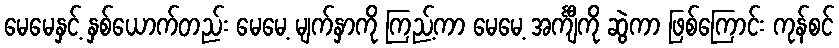
မေမေနှင့် နှစ်ယောက်တည်း မေမေ့ မျက်နှာကို ကြည့်ကာ မေမေ့ အင်္ကျီကို ဆွဲကာ ဖြစ်ကြောင်း ကုန်စင်